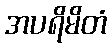
အပရိမိတံ